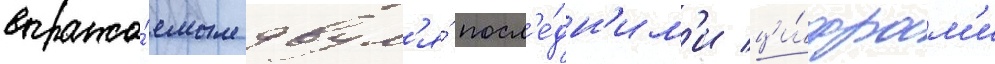
выража́емым двум'я́ посл'е́дн'им'и ци́фрам'и